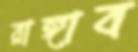
রাঙ্গাব